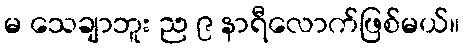
မ သေချာဘူး ည ၉ နာရီလောက်ဖြစ်မယ်။